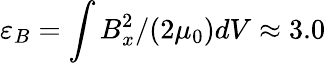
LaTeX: \varepsilon_{B}=\int B_{x}^{2}/(2\mu_{0})dV\approx 3.0